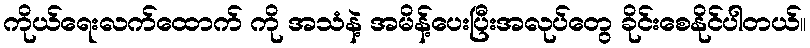
ကိုယ်ရေးလက်ထောက် ကို အသံနဲ့ အမိန့်ပေးပြီးအလုပ်တွေ ခိုင်းစေနိုင်ပါတယ်။